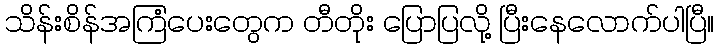
သိန်းစိန်အကြံပေးတွေက တီတိုး ပြောပြလို့ ပြီးနေလောက်ပါပြီ။